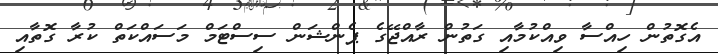
އެގޮތުން ހިއްސާ ވިއްކުމާއި ގަތުން ރާއްޖޭގެ ޕެންޝަން ސިސްޓަމް މަސައްކަތް ކުރާ ގޮތާއި